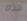
هذه